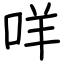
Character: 咩